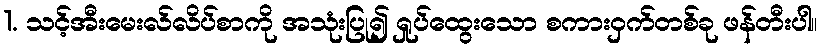
1. သင့်အီးမေးလ်လိပ်စာကို အသုံးပြု၍ ရှုပ်ထွေးသော စကားဝှက်တစ်ခု ဖန်တီးပါ။